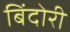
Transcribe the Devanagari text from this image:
बिंदोरी